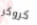
كروكر